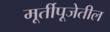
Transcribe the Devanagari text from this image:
मूर्तीपूजेतील